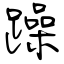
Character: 躁